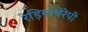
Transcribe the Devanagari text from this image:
रेड़ियोथेरेपी